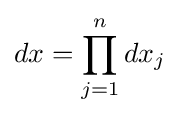
dx=\prod _{j=1}^{n}dx_{j}